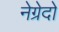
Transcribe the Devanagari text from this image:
नेग्रेदो